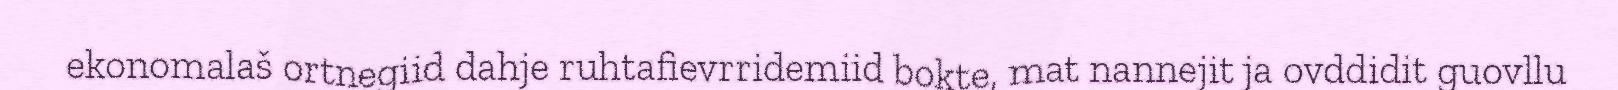
ekonomalaš ortnegiid dahje ruhtafievrridemiid bokte, mat nannejit ja ovddidit guovllu